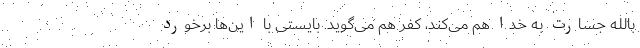
بالله جسارت به خدا هم می‌کند، کفر هم می‌گوید. بایستی با این‌ها برخورد